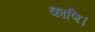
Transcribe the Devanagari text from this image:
काणि।